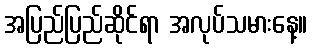
အပြည်ပြည်ဆိုင်ရာ အလုပ်သမားနေ့။